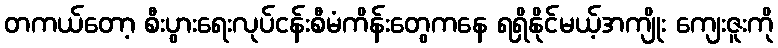
တကယ်တော့ စီးပွားရေးလုပ်ငန်းစီမံကိန်းတွေကနေ ရရှိနိုင်မယ့်အကျိုး ကျေးဇူးကို